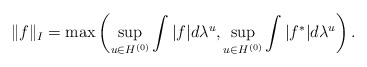
\begin{gather*}\|f\|_I=\max\left(\sup_{u\in H^{(0)}}\int |f| d\lambda^u, \sup_{u\in H^{(0)}}\int |f^*| d\lambda^u\right).\end{gather*}